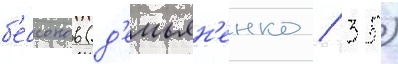
б'ессонов (д'емьян'енко / 35)